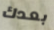
بعدك